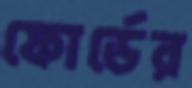
ফোর্ডের